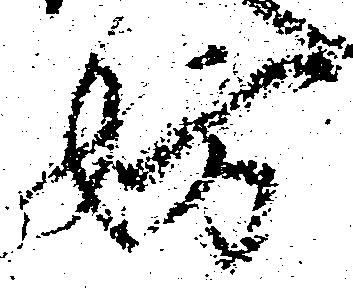
妨